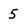
Character: 5